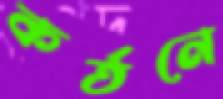
কর্তনে